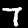
Digit: 7